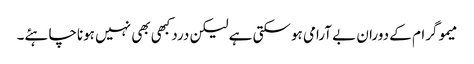
میموگرام کے دوران بے آرامی ہوسکتی ہے لیکن دردکبھی بھی نہیں ہوناچاہئے۔